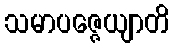
သမာပဇ္ဇေယျာတိ